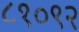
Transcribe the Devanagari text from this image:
८१०९२